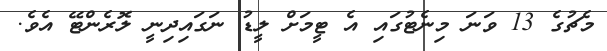
މެޗުގެ 13 ވަނަ މިނެޓުގައި އެ ޓީމަށް ލީޑު ނަގައިދިނީ ލޮރެންޓޭ އެވެ.